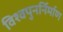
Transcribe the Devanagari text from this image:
विश्वपुनर्निर्माण